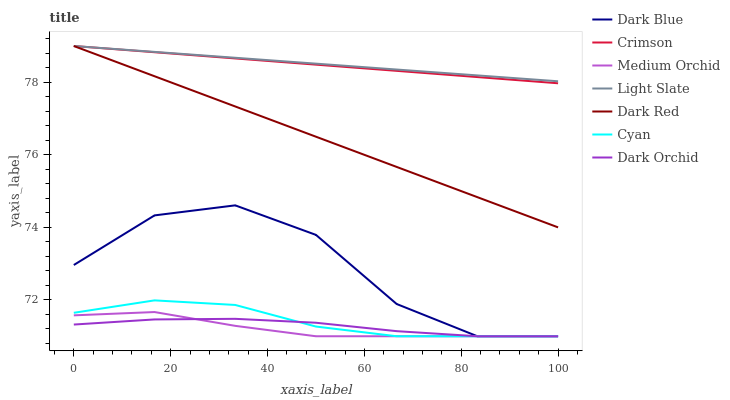
| xaxis_label | Dark Blue | Crimson | Medium Orchid | Light Slate | Dark Red | Cyan | Dark Orchid |
 | --- | --- | --- | --- | --- | --- | --- | --- |
 | 0 | 73 | 79 | 71.6 | 79 | 79 | 71.6 | 71.3 |
 | 16.7 | 74.3 | 78.8 | 71.7 | 78.8 | 78.2 | 72 | 71.5 |
 | 33.3 | 74.6 | 78.7 | 71.3 | 78.7 | 77.3 | 71.9 | 71.5 |
 | 50 | 73.8 | 78.5 | 71 | 78.5 | 76.5 | 71.3 | 71.4 |
 | 66.7 | 71.9 | 78.3 | 71 | 78.4 | 75.7 | 71 | 71.1 |
 | 83.3 | 71 | 78.1 | 71 | 78.2 | 74.8 | 71 | 71 |
 | 100 | 71 | 78 | 71 | 78 | 74 | 71 | 71 |